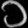
Digit: ၁